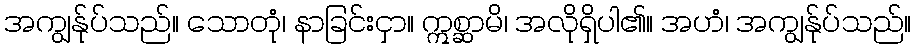
အကျွန်ုပ်သည်။ သောတုံ၊ နာခြင်းငှာ။ ဣစ္ဆာမိ၊ အလိုရှိပါ၏။ အဟံ၊ အကျွန်ုပ်သည်။